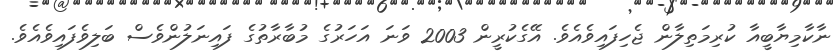
ނާކާމިޔާބީއާ ކުރިމަތިލާން ޖެހިފައިވެއެވެ. އޭގެކުރީން 2003 ވަނަ އަހަރުގެ މުބާރާތުގެ ފައިނަލުންވެސް ބަލިވެފައިވެއެވެ.